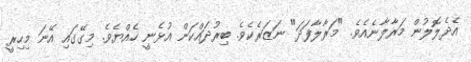
އެދެލޮލުން މަރާލާނެއެވެ. "މަރާލާފަދަ" ނަޒަރެކެވެ. ބިރުދައްކަން އުޅެނީ ހެއްޔެވެ. މިގޭގައި އޭނަ މިހިރީ